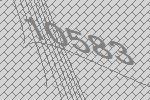
10583